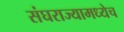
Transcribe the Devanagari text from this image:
संघराज्यामध्येच